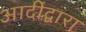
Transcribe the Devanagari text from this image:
आदींद्वारा